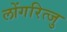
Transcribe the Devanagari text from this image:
लोंगरित्जु